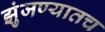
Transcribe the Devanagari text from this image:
झुंजण्यातच